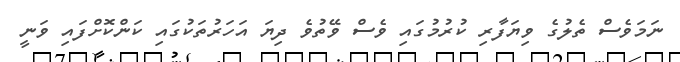
ނަމަވެސް ތެލުގެ ވިޔަފާރި ކުރުމުގައި ވެސް ވޭތުވެ ދިޔަ އަހަރުތަކުގައި ކަންކޮށްފައި ވަނީ